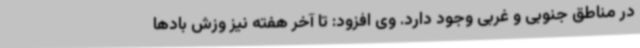
در مناطق جنوبی و غربی وجود دارد. وی افزود: تا آخر هفته نیز وزش بادها